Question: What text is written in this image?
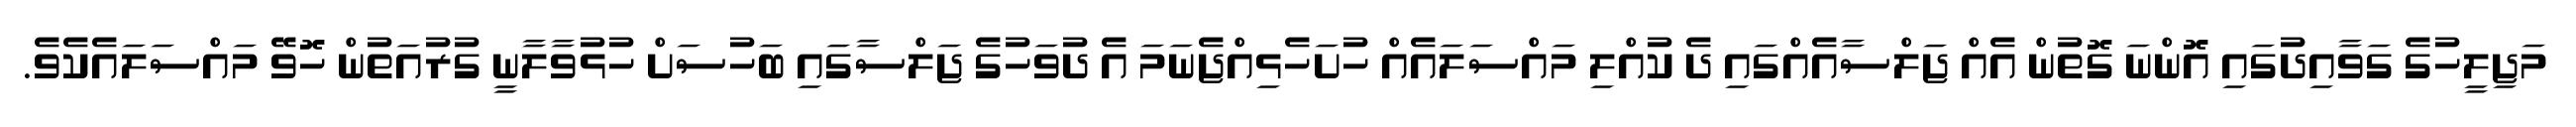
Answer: މަޖިލީހުގެ ގަވާއިދުގައި އޮންނަ ގޮތުން އެއް ޖަލްސާއެއްގައި ދެ ކުއްލި މައްސަލައެއް ހުށަހެޅިއްޖެނަމަ އެ ދުވަހުގެ ޖަލްސާގައި ބަހުސަށް ހުޅުވާލާނީ ގުރުއަތުން ހޮވޭ މައްސަލައެކެވެ.